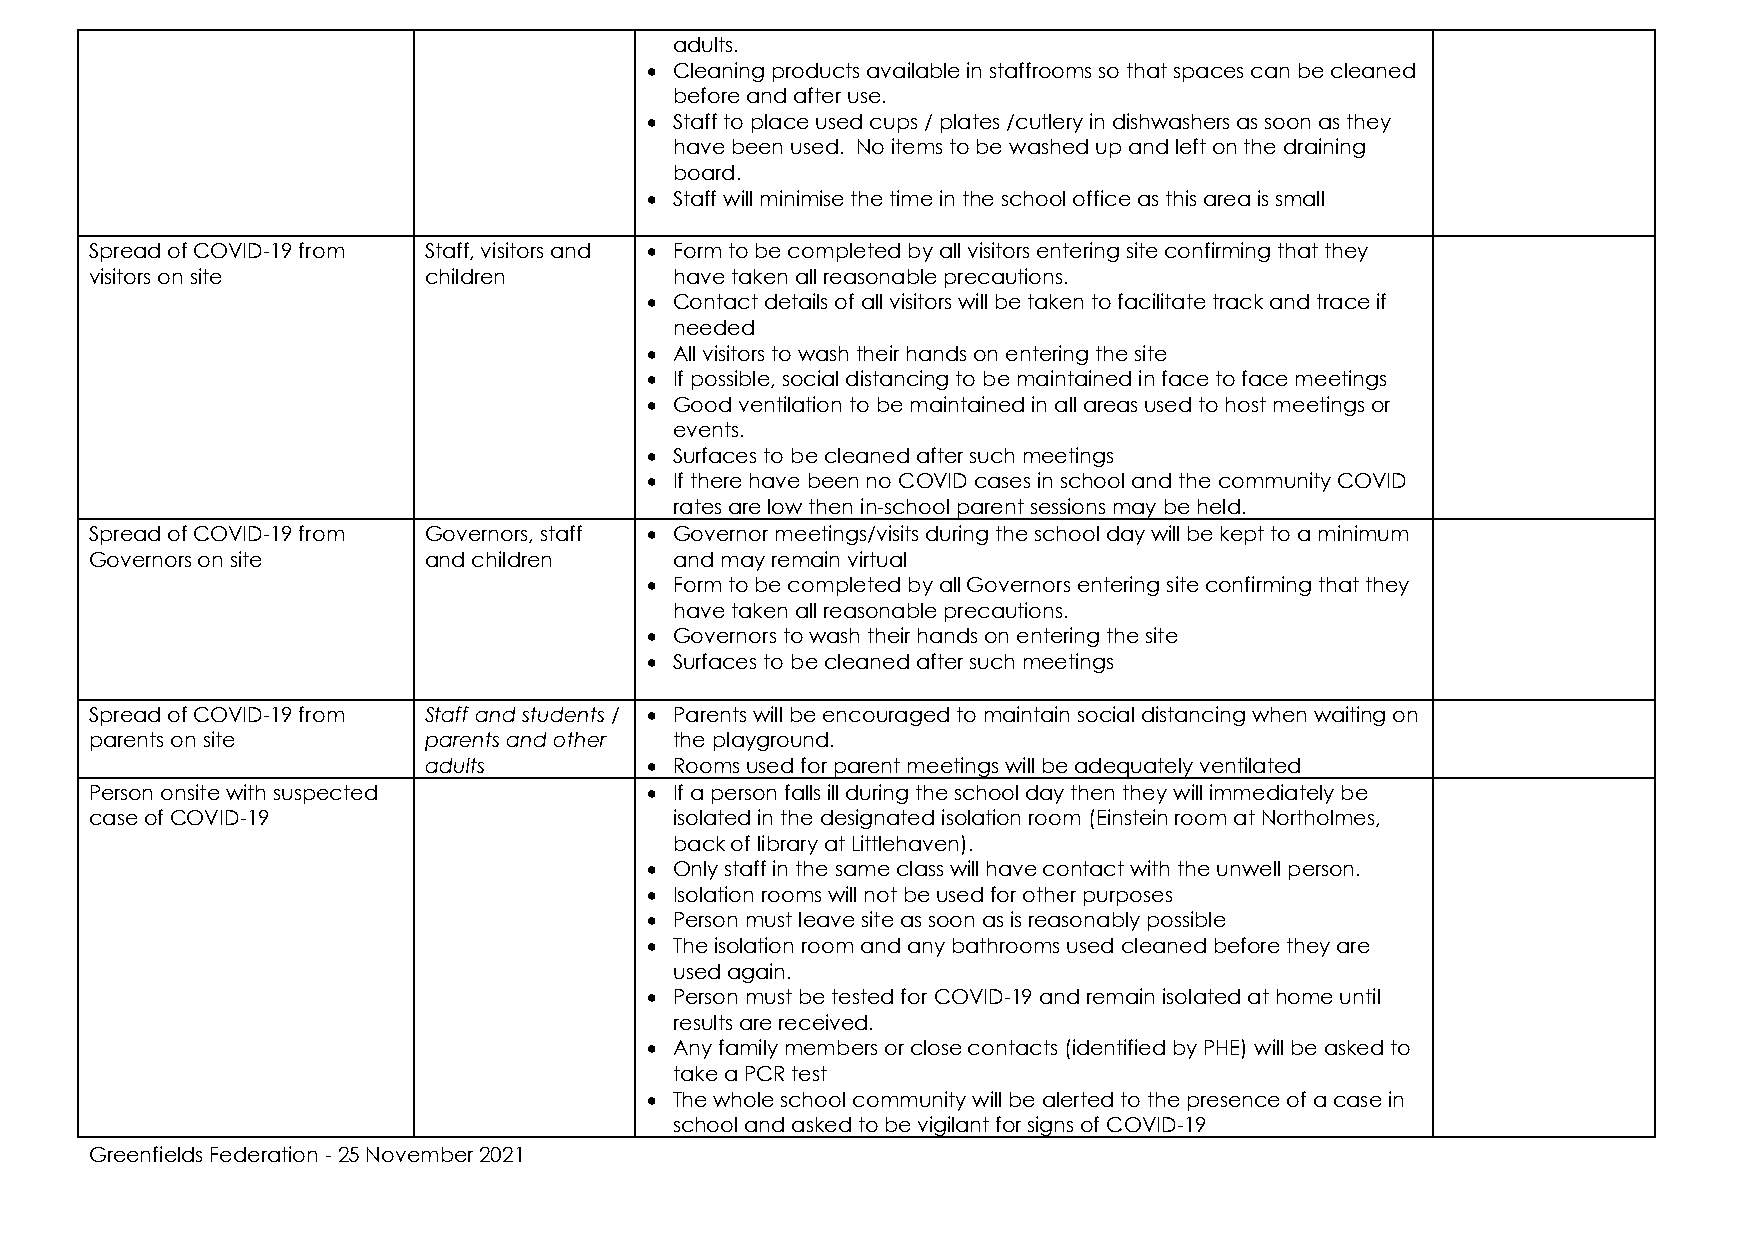
adults.
 • Cleaning products available in staffrooms so that spaces can be cleaned
 before and after use.
 • Staff to place used cups / plates /cutlery in dishwashers as soon as they
 have been used. No items to be washed up and left on the draining
 board.
 • Staff will minimise the time in the school office as this area is small
 Spread of COVID-19 from Staff, visitors and • Form to be completed by all visitors entering site confirming that they
 visitors on site      children         have taken all reasonable precautions.
 • Contact details of all visitors will be taken to facilitate track and trace if
 needed
 • All visitors to wash their hands on entering the site
 • If possible, social distancing to be maintained in face to face meetings
 • Good ventilation to be maintained in all areas used to host meetings or
 events.
 • Surfaces to be cleaned after such meetings
 • If there have been no COVID cases in school and the community COVID
 rates are low then in-school parent sessions may be held.
 Spread of COVID-19 from Governors, staff • Governor meetings/visits during the school day will be kept to a minimum
 Governors on site     and children     and may remain virtual
 • Form to be completed by all Governors entering site confirming that they
 have taken all reasonable precautions.
 • Governors to wash their hands on entering the site
 • Surfaces to be cleaned after such meetings
 Spread of COVID-19 from Staff and students / • Parents will be encouraged to maintain social distancing when waiting on
 parents on site       parents and other the playground.
 adults         • Rooms used for parent meetings will be adequately ventilated
 Person onsite with suspected         • If a person falls ill during the school day then they will immediately be
 case of COVID-19                       isolated in the designated isolation room (Einstein room at Northolmes,
 back of library at Littlehaven).
 • Only staff in the same class will have contact with the unwell person.
 • Isolation rooms will not be used for other purposes
 • Person must leave site as soon as is reasonably possible
 • The isolation room and any bathrooms used cleaned before they are
 used again.
 • Person must be tested for COVID-19 and remain isolated at home until
 results are received.
 • Any family members or close contacts (identified by PHE) will be asked to
 take a PCR test
 • The whole school community will be alerted to the presence of a case in
 school and asked to be vigilant for signs of COVID-19
 Greenfields Federation - 25 November 2021